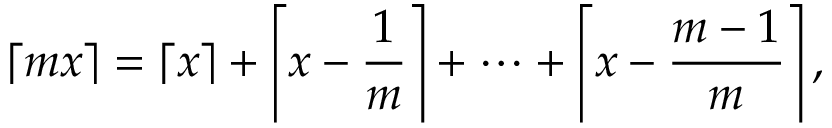
\lceil m x \rceil = \left\lceil x \right\rceil + \left\lceil x - { \frac { 1 } { m } } \right\rceil + \dots + \left\lceil x - { \frac { m - 1 } { m } } \right\rceil ,